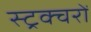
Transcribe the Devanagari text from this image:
स्ट्रक्चरों